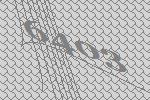
6403